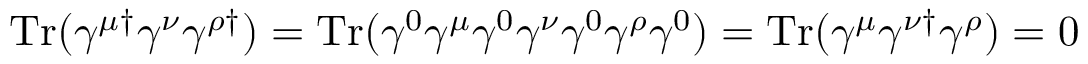
\mathrm { T r } ( \gamma ^ { \mu \dagger } \gamma ^ { \nu } \gamma ^ { \rho \dagger } ) = \mathrm { T r } ( \gamma ^ { 0 } \gamma ^ { \mu } \gamma ^ { 0 } \gamma ^ { \nu } \gamma ^ { 0 } \gamma ^ { \rho } \gamma ^ { 0 } ) = \mathrm { T r } ( \gamma ^ { \mu } \gamma ^ { \nu \dagger } \gamma ^ { \rho } ) = 0